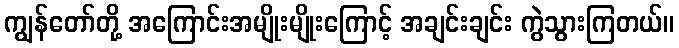
ကျွန်တော်တို့ အကြောင်းအမျိုးမျိုးကြောင့် အချင်းချင်း ကွဲသွားကြတယ်။